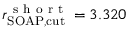
r _ { \mathrm { S O A P , c u t } } ^ { \mathrm { ~ s ~ h ~ o ~ r ~ t ~ } } = 3 . 3 2 0